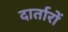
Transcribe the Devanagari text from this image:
दार्तारों